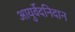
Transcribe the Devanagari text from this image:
आयुर्वेदनिदान